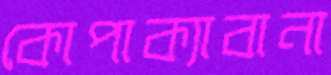
কোপাক্যাবানা